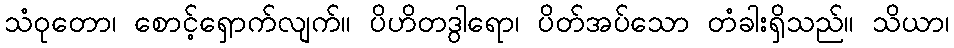
သံဝုတော၊ စောင့်ရှောက်လျက်။ ပိဟိတဒွါရော၊ ပိတ်အပ်သော တံခါးရှိသည်။ သိယာ၊